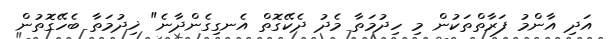
އަދި އާންމު ފަރާތްތަކުން މި ހިދުމަތާ މެދު ދެކޭގޮތް އެނގިގެންދާނެ" ޚިދުމަތާ ބެހޭގޮތުން